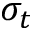
\sigma _ { t }